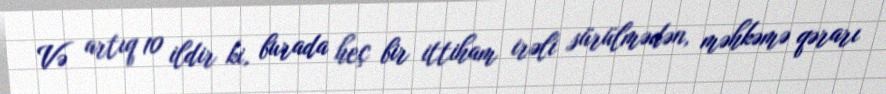
Və artıq 10 ildir ki, burada heç bir ittiham irəli sürülmədən, məhkəmə qərarı